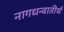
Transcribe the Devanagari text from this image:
नागधन्वातीर्थ